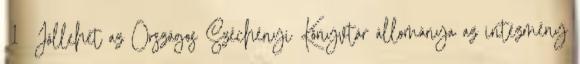
1 Jóllehet az Országos Széchényi Könyvtár állománya az intézmény